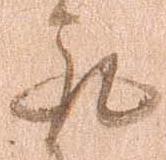
取